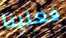
فعلينا